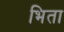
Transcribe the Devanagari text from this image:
भिता